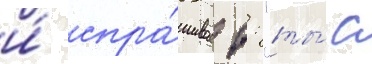
и́ спра́шивает: "ты́ с